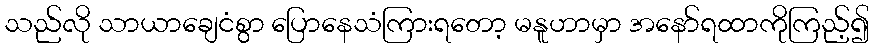
သည်လို သာယာချေငံစွာ ပြောနေသံကြားရတော့ မနူဟာမှာ အနော်ရထာကိုကြည့်၍